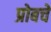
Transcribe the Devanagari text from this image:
प्रोबचे